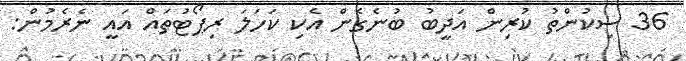
36 ސިކުންތު ކުރިން އަދީބު ބުނެގެން އެކި ކަހަލަ ރިޕޯޓުތައް އައީ ނެރެމުން: